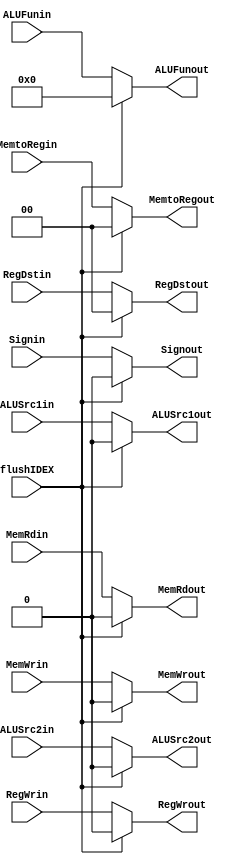
module flushMUX(flushIDEX,RegDstin,RegWrin,ALUSrc1in,ALUSrc2in,ALUFunin,Signin,MemWrin,MemRdin,MemtoRegin,
RegDstout,RegWrout,ALUSrc1out,ALUSrc2out,ALUFunout,Signout,MemWrout,MemRdout,MemtoRegout);

input flushIDEX;
input [1:0] RegDstin;
input RegWrin;
input ALUSrc1in;
input ALUSrc2in;
input [5:0] ALUFunin;
input Signin;
input MemWrin;
input MemRdin;
input [1:0] MemtoRegin;
output [1:0] RegDstout;
reg [1:0] RegDstout;
output RegWrout;
reg RegWrout;
output ALUSrc1out;
reg ALUSrc1out;
output ALUSrc2out;
reg ALUSrc2out;
output [5:0] ALUFunout;
reg [5:0] ALUFunout;
output Signout;
reg Signout;
output MemWrout;
reg MemWrout;
output MemRdout;
reg MemRdout;
output [1:0] MemtoRegout;
reg [1:0] MemtoRegout;

always @(*)
begin
  if(~flushIDEX)
  begin
    RegDstout <= RegDstin;
    RegWrout <= RegWrin;
    ALUSrc1out <= ALUSrc1in;
    ALUSrc2out <= ALUSrc2in;
    ALUFunout <= ALUFunin;
    Signout <= Signin;
    MemWrout <= MemWrin;
    MemRdout <= MemRdin;
    MemtoRegout <= MemtoRegin;
  end
  else
  begin
    RegDstout <= 2'b00;
    RegWrout <= 0;
    ALUSrc1out <= 0;
    ALUSrc2out <= 0;
    ALUFunout <= 6'h0;
    Signout <= 0;
    MemWrout <= 0;
    MemRdout <= 0;
    MemtoRegout <= 2'b00;
  end
end

endmodule